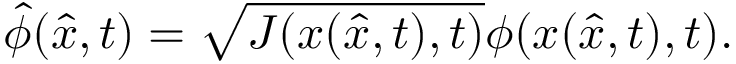
\hat { \phi } ( \hat { x } , t ) = \sqrt { J ( x ( \hat { x } , t ) , t ) } \phi ( x ( \hat { x } , t ) , t ) .